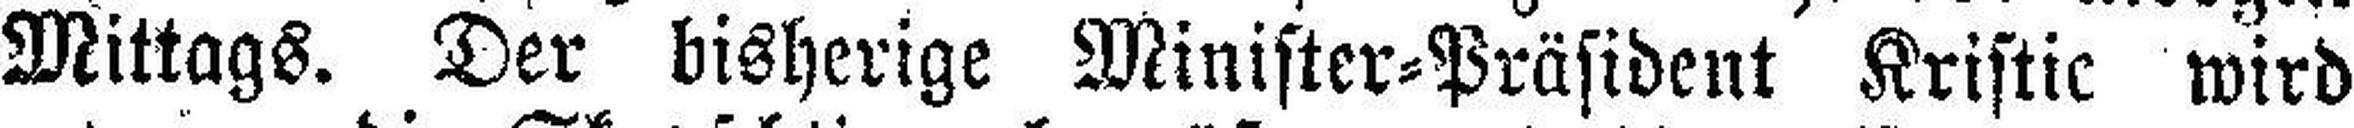
Mittags. Der bisherige Minister=Präsident Kristic wird